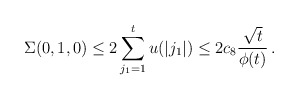
\begin{align*} \Sigma(0,1,0)\le 2\sum_{j_{1}=1}^{t} u(|j_{1}|)\le 2 c_8 \frac{\sqrt{t}}{ \phi(t)}\, .\end{align*}